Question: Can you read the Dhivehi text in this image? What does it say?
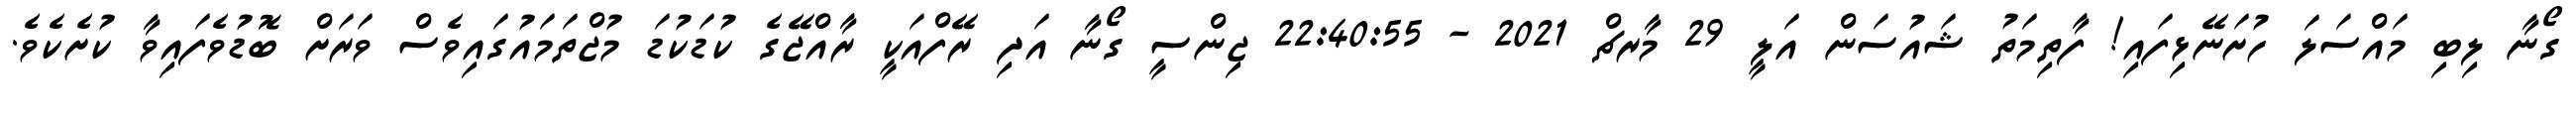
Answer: ގޯނާ ލިބި މައްސަލަ ހުށަނޭޅިފައި! ފާތިމަތު ޝައުސަން އަލީ 29 މާރޗް 2021 - 22:40:55 ޖިންސީ ގޯނާ އަދި ރޭފްއަކީ ރާއްޖޭގެ ކުޑަކުޑަ މުޖްތަމައުގައިވެސް ވަރަށް ބޮޑުވެފައިވާ ކުށެކެވެ.